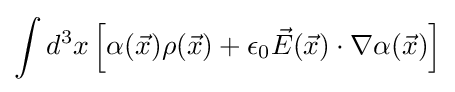
\int d^{3}x\left[\alpha ({\vec {x}})\rho ({\vec {x}})+\epsilon _{0}{\vec {E}}({\vec {x}})\cdot \nabla \alpha ({\vec {x}})\right]